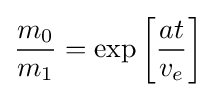
{\frac {m_{0}}{m_{1}}}=\exp \left[{\frac {at}{v_{e}}}\right]